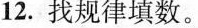
12.找规律填数。